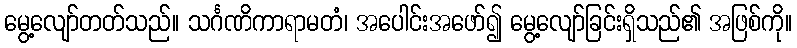
မွေ့လျော်တတ်သည်။ သင်္ဂဏိကာရာမတံ၊ အပေါင်းအဖော်၍ မွေ့လျော်ခြင်းရှိသည်၏ အဖြစ်ကို။